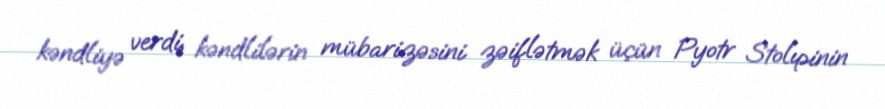
kəndliyə verdi, kəndlilərin mübarizəsini zəiflətmək üçün Pyotr Stolıpinin